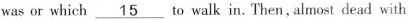
was or which\underline{15} to walk in. Then,almost dead with